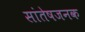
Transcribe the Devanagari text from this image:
सांतेषजनक